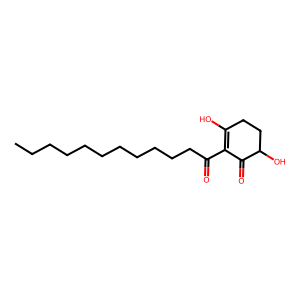
SMILES: CCCCCCCCCCCC(=O)C1=C(O)CCC(O)C1=O
Inhibits HIV replication: No